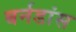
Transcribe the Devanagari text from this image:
बर्नडांस